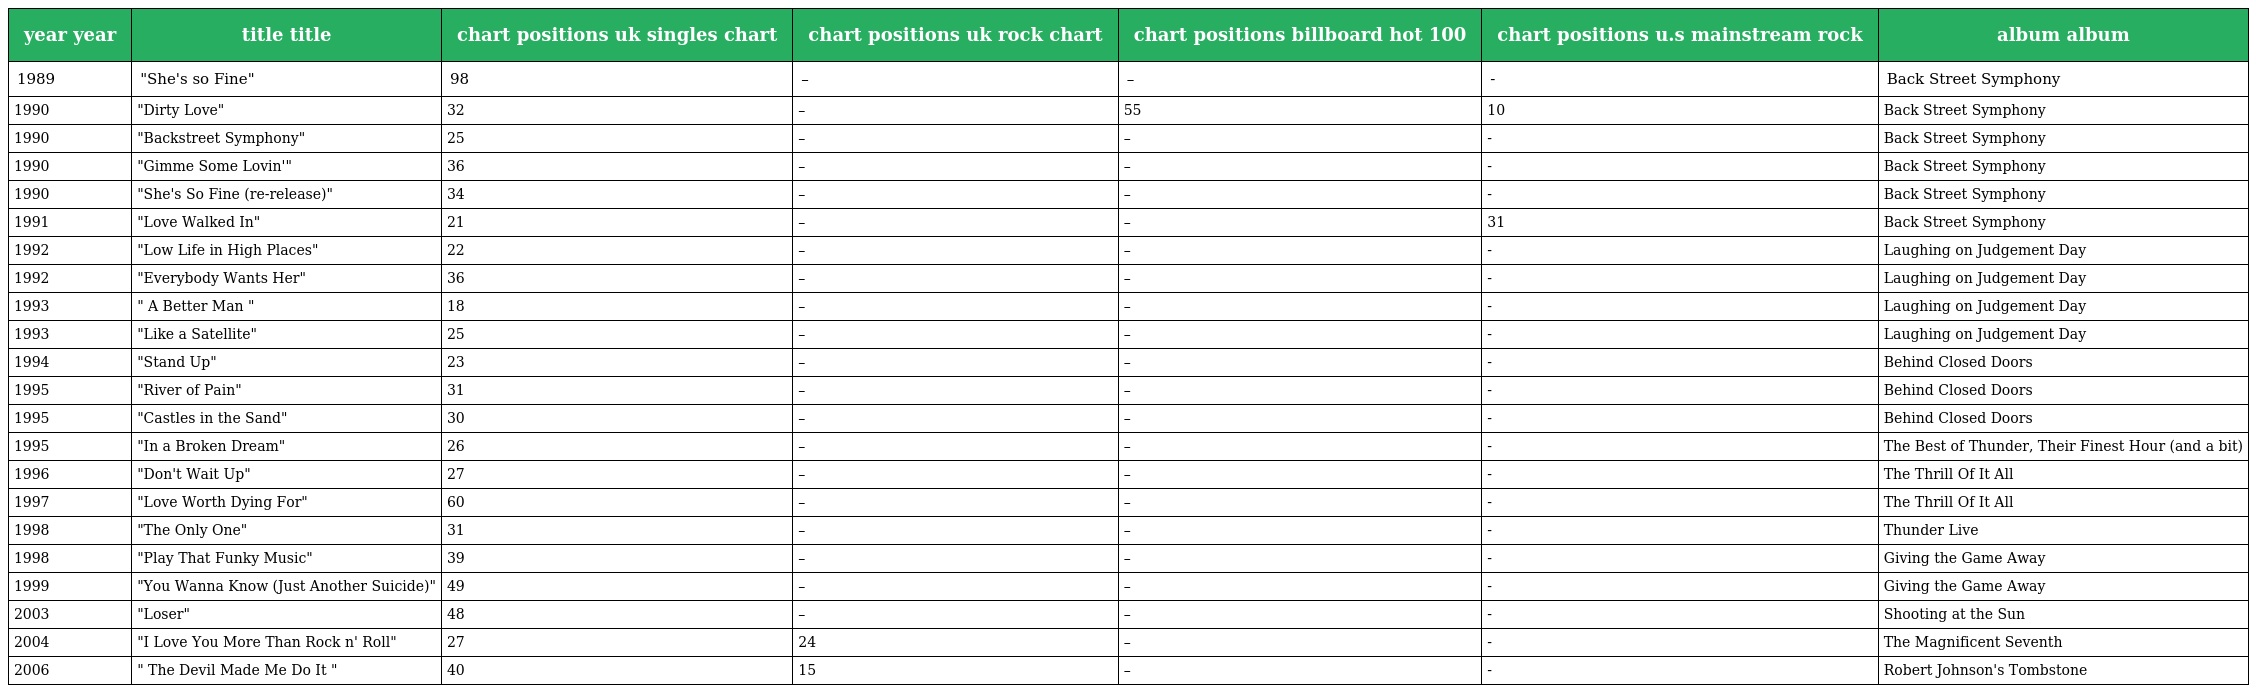
| year year | title title | chart positions uk singles chart | chart positions uk rock chart | chart positions billboard hot 100 | chart positions u.s mainstream rock | album album |
 | --- | --- | --- | --- | --- | --- | --- |
 | 1989 | "She's so Fine" | 98 | – | – | - | Back Street Symphony |
 | 1990 | "Dirty Love" | 32 | – | 55 | 10 | Back Street Symphony |
 | 1990 | "Backstreet Symphony" | 25 | – | – | - | Back Street Symphony |
 | 1990 | "Gimme Some Lovin'" | 36 | – | – | - | Back Street Symphony |
 | 1990 | "She's So Fine (re-release)" | 34 | – | – | - | Back Street Symphony |
 | 1991 | "Love Walked In" | 21 | – | – | 31 | Back Street Symphony |
 | 1992 | "Low Life in High Places" | 22 | – | – | - | Laughing on Judgement Day |
 | 1992 | "Everybody Wants Her" | 36 | – | – | - | Laughing on Judgement Day |
 | 1993 | " A Better Man " | 18 | – | – | - | Laughing on Judgement Day |
 | 1993 | "Like a Satellite" | 25 | – | – | - | Laughing on Judgement Day |
 | 1994 | "Stand Up" | 23 | – | – | - | Behind Closed Doors |
 | 1995 | "River of Pain" | 31 | – | – | - | Behind Closed Doors |
 | 1995 | "Castles in the Sand" | 30 | – | – | - | Behind Closed Doors |
 | 1995 | "In a Broken Dream" | 26 | – | – | - | The Best of Thunder, Their Finest Hour (and a bit) |
 | 1996 | "Don't Wait Up" | 27 | – | – | - | The Thrill Of It All |
 | 1997 | "Love Worth Dying For" | 60 | – | – | - | The Thrill Of It All |
 | 1998 | "The Only One" | 31 | – | – | - | Thunder Live |
 | 1998 | "Play That Funky Music" | 39 | – | – | - | Giving the Game Away |
 | 1999 | "You Wanna Know (Just Another Suicide)" | 49 | – | – | - | Giving the Game Away |
 | 2003 | "Loser" | 48 | – | – | - | Shooting at the Sun |
 | 2004 | "I Love You More Than Rock n' Roll" | 27 | 24 | – | - | The Magnificent Seventh |
 | 2006 | " The Devil Made Me Do It " | 40 | 15 | – | - | Robert Johnson's Tombstone |